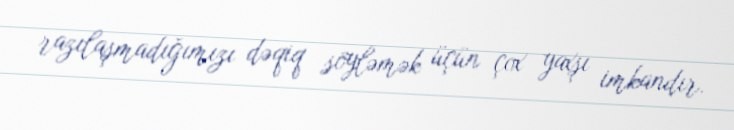
razılaşmadığımızı dəqiq söyləmək üçün çox yaxşı imkandır.